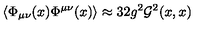
\left\langle \Phi _ { \mu \nu } ( x ) \Phi ^ { \mu \nu } ( x ) \right\rangle \approx 3 2 g ^ { 2 } { \cal G } ^ { 2 } ( x , x )